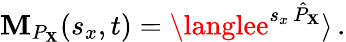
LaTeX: \mathbf{M}_{P_{\mathbf{X}}}(s_{x},t)=\langlee^{s_{x}\, \hat{{P}}_{\mathbf{X}}}\rangle\, .